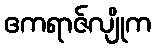
ဧကရာဇ်လျိုက